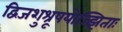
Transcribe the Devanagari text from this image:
द्विजशुश्रूषयोज्झिताः